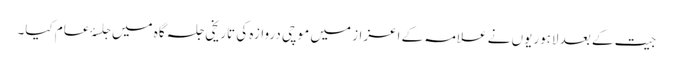
جیت کے بعد لاہوریوں نے علامہ کے اعزاز میں موچی دروازہ کی تاریخی جلسہ گاہ میں جلسۂ عام کیا۔